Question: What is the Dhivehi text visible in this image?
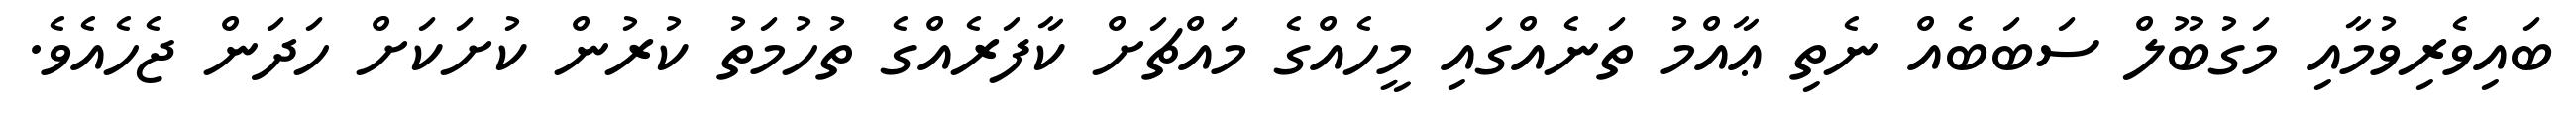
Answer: ބައިވެރިވުމާއި މަގުބޫލް ސަބަބެއް ނެތި ޢާއްމު ތަނެއްގައި މީހެއްގެ މައްޗަށް ކާފަރެއްގެ ތުހުމަތު ކުރުން ކުށަކަށް ހަދަން ޖެހެއެވެ.